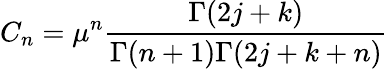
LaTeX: C_{n}=\mu^{n}\frac{\Gamma(2j+k)}{\Gamma(n+1)\Gamma(2j+k+n)}